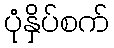
ပုံနှိပ်စက်